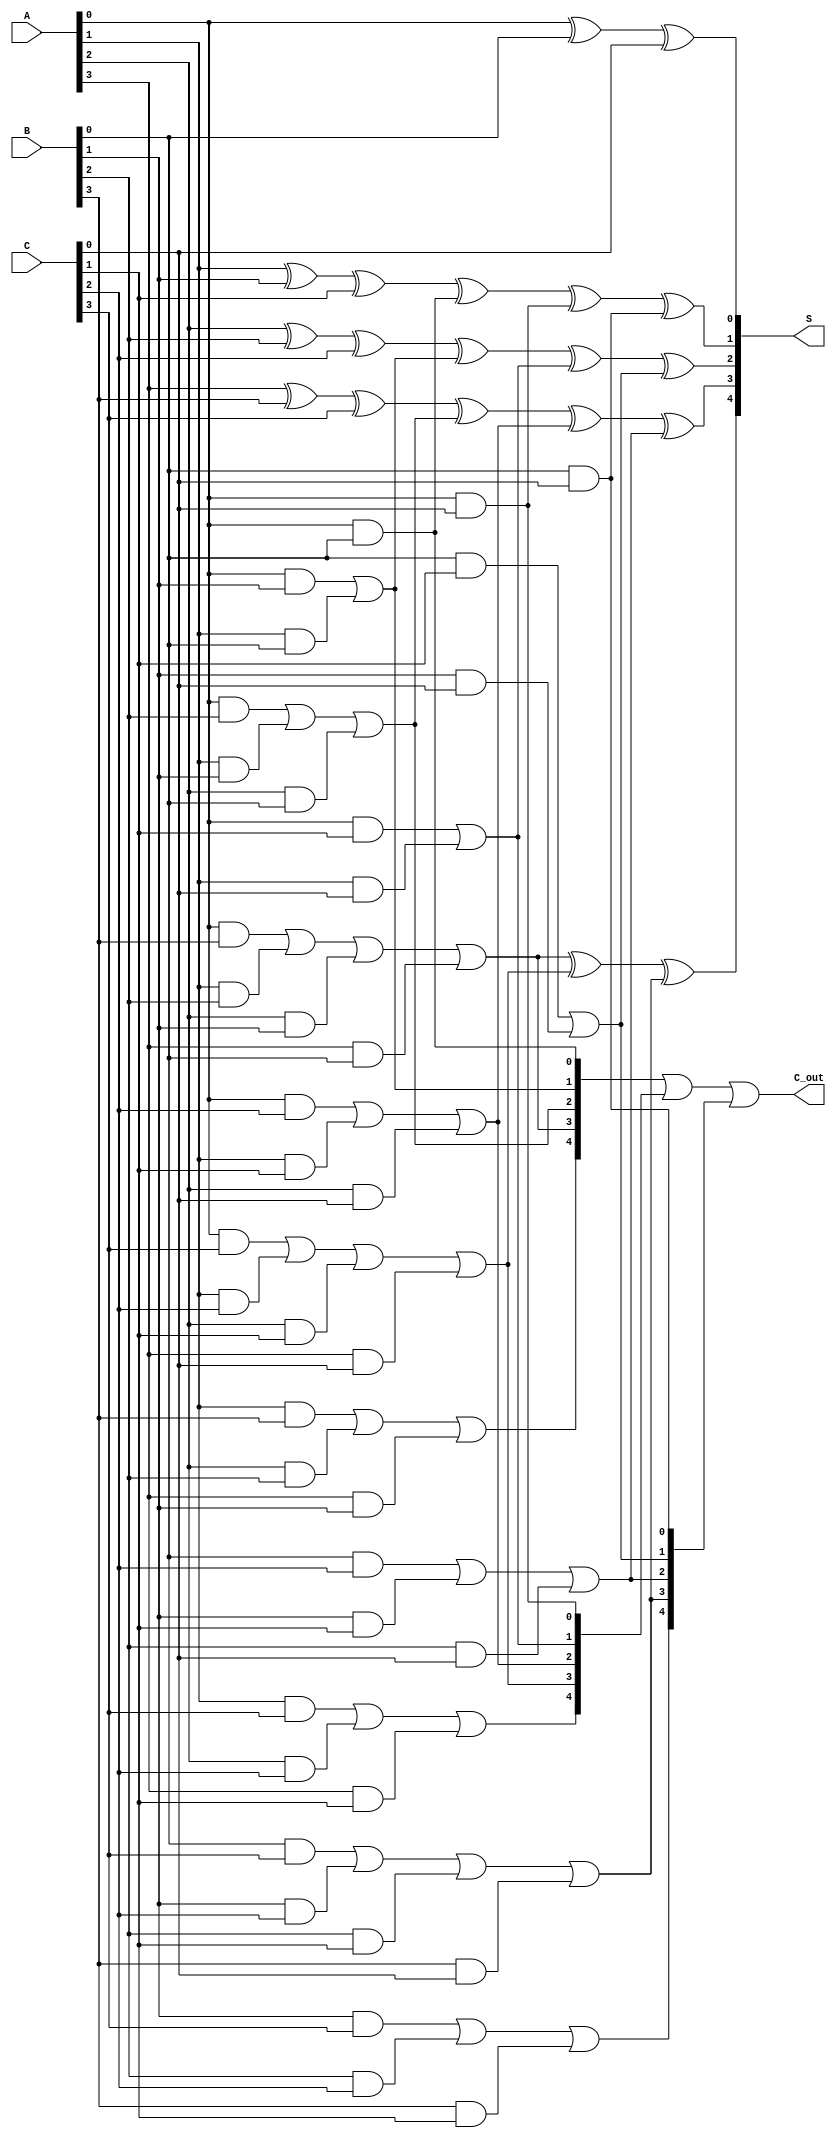
module dynamic_carry_save_adder (
    input wire [3:0] A,  // 4-bit input A
    input wire [3:0] B,  // 4-bit input B
    input wire [3:0] C,  // 4-bit input C
    output wire [4:0] S, // 5-bit sum output
    output wire [4:0] C_out // 5-bit carry output
);

    // Intermediate carry signals
    wire [4:0] carry_ab, carry_ac, carry_bc;

    // Generate carry bits
    assign carry_ab[0] = A[0] & B[0];
    assign carry_ab[1] = (A[0] & B[1]) | (A[1] & B[0]);
    assign carry_ab[2] = (A[0] & B[2]) | (A[1] & B[1]) | (A[2] & B[0]);
    assign carry_ab[3] = (A[0] & B[3]) | (A[1] & B[2]) | (A[2] & B[1]) | (A[3] & B[0]);
    assign carry_ab[4] = (A[1] & B[3]) | (A[2] & B[2]) | (A[3] & B[1]);

    assign carry_ac[0] = A[0] & C[0];
    assign carry_ac[1] = (A[0] & C[1]) | (A[1] & C[0]);
    assign carry_ac[2] = (A[0] & C[2]) | (A[1] & C[1]) | (A[2] & C[0]);
    assign carry_ac[3] = (A[0] & C[3]) | (A[1] & C[2]) | (A[2] & C[1]) | (A[3] & C[0]);
    assign carry_ac[4] = (A[1] & C[3]) | (A[2] & C[2]) | (A[3] & C[1]);

    assign carry_bc[0] = B[0] & C[0];
    assign carry_bc[1] = (B[0] & C[1]) | (B[1] & C[0]);
    assign carry_bc[2] = (B[0] & C[2]) | (B[1] & C[1]) | (B[2] & C[0]);
    assign carry_bc[3] = (B[0] & C[3]) | (B[1] & C[2]) | (B[2] & C[1]) | (B[3] & C[0]);
    assign carry_bc[4] = (B[1] & C[3]) | (B[2] & C[2]) | (B[3] & C[1]);

    // Calculate the sum
    assign S[0] = A[0] ^ B[0] ^ C[0];
    assign S[1] = A[1] ^ B[1] ^ C[1] ^ carry_ab[0] ^ carry_ac[0] ^ carry_bc[0];
    assign S[2] = A[2] ^ B[2] ^ C[2] ^ carry_ab[1] ^ carry_ac[1] ^ carry_bc[1];
    assign S[3] = A[3] ^ B[3] ^ C[3] ^ carry_ab[2] ^ carry_ac[2] ^ carry_bc[2];
    assign S[4] = carry_ab[3] ^ carry_ac[3] ^ carry_bc[3];

    // Calculate the carry output
    assign C_out = carry_ab | carry_ac | carry_bc;

endmodule